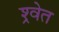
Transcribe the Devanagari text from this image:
श्र्वेत